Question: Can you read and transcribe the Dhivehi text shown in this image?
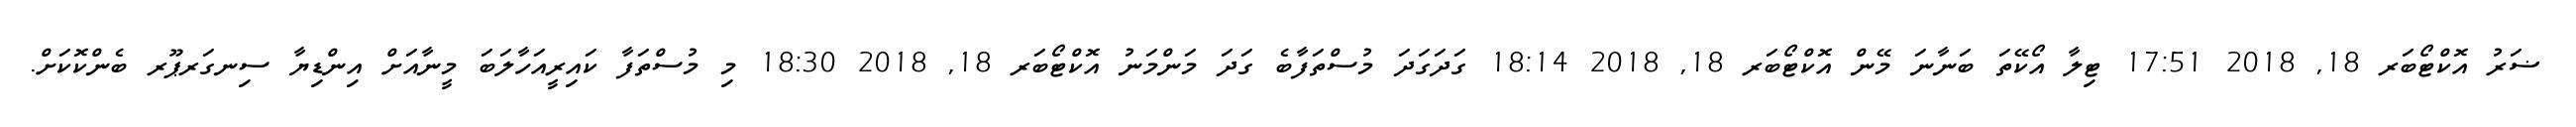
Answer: ޟަރު އޮކްޓޯބަރ 18, 2018 17:51 ޓިލާ އޯކޭތަ ބަނާނަ މޭން އޮކްޓޯބަރ 18, 2018 18:14 ގަދަގަދަ މުސްތަފާބެ ގަދަ މަންމަނު އޮކްޓޯބަރ 18, 2018 18:30 މި މުސްތަފާ ކައިރީއަހާލަބަ މީނާއަށް އިންޑިޔާ ސިނގަރޕޫރ ބެންކޮކަށް.